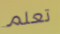
تعلم